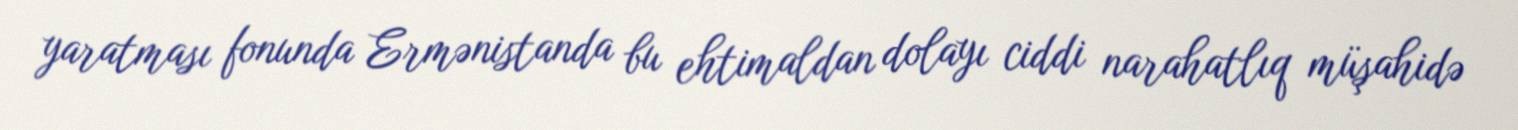
yaratması fonunda Ermənistanda bu ehtimaldan dolayı ciddi narahatlıq müşahidə